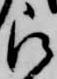
被